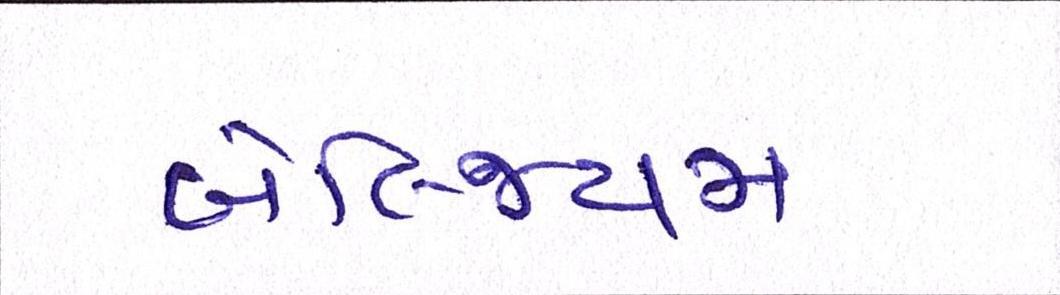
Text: બેલ્જિયમ